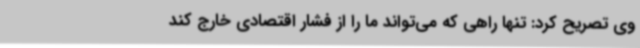
وی تصریح کرد: تنها راهی که می‌تواند ما را از فشار اقتصادی خارج کند